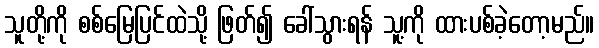
သူတို့ကို စစ်မြေပြင်ထဲသို့ ဖြတ်၍ ခေါ်သွားရန် သူ့ကို ထားပစ်ခဲ့တော့မည်။